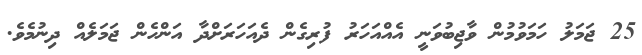
25 ޖަމަލު ހަމަވުމުން ވާޖިބުވަނީ އެއްއަހަރު ފުރިގެން ދެއަހަރަށްދާ އަންހެން ޖަމަލެއް ދިނުމެވެ.